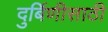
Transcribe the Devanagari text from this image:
दुर्बिणीसाठी